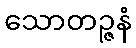
သောတဉ္ဇနံ